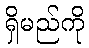
ရှိမည်ကို